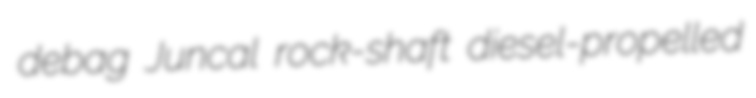
debag Juncal rock-shaft diesel-propelled